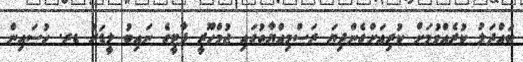
ބައްދަލު ކުރެއްވުމަށް ކުރިއަށްގެންދިޔަ ރަސްމިއްޔާތުގައި ޖުމްހޫރީ ޕާޓީގެ ނައިބު ލީޑަރު ޑރ. ހުސައިން